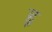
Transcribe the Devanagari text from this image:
ह्व